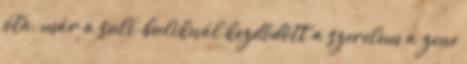
óta, már a suli-buliknál kezdődött a szerelem a zene